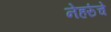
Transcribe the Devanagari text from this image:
नेहरुंचे